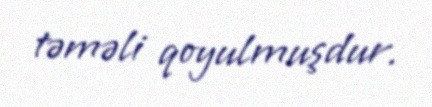
təməli qoyulmuşdur.